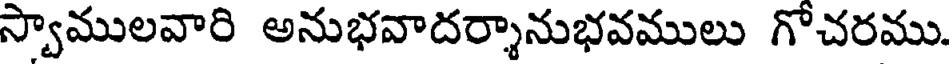
స్వాములవారి అనుభవాదర్శానుభవములు గోచరము.